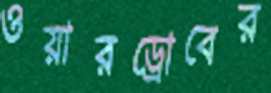
ওয়ারড্রোবের